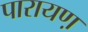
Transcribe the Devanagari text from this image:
पारायण़